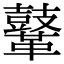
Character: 𪔨